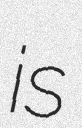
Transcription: is